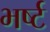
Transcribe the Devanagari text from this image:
भर्ष्ट